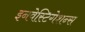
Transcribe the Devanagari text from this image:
इनवेस्टिगेशन्स